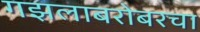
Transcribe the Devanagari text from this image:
गझलाबरोबरचा